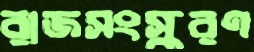
রাজসংস্করণ